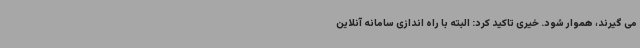
می گیرند، هموار شود. خیری تاکید کرد: البته با راه اندازی سامانه آنلاین